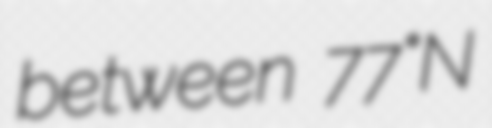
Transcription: between 77°N